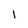
Character: l